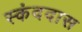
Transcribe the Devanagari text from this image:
स्कंददास